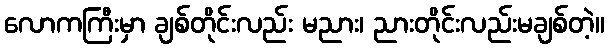
လောကကြီးမှာ ချစ်တိုင်းလည်း မညား၊ ညားတိုင်းလည်းမချစ်တဲ့။